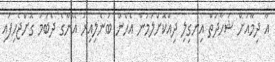
އާ ދިމާއަށް ޝަހާދަތް އިނގިލި ދިއްކޮށްލަމުން އެހެން ބުނެލިއިރު އޭނާގެ ދެބުމަ ގޮށްޖެހިފައި